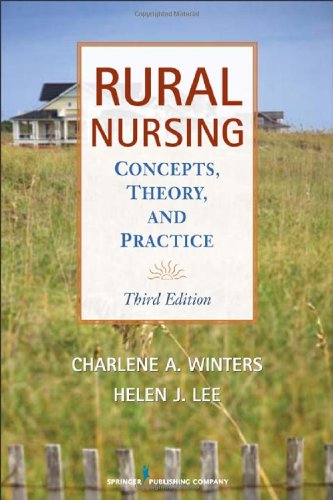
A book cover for Rural Nursing, Third Edition: Concepts, Theory and Practice; Medical Books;